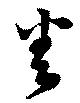
番